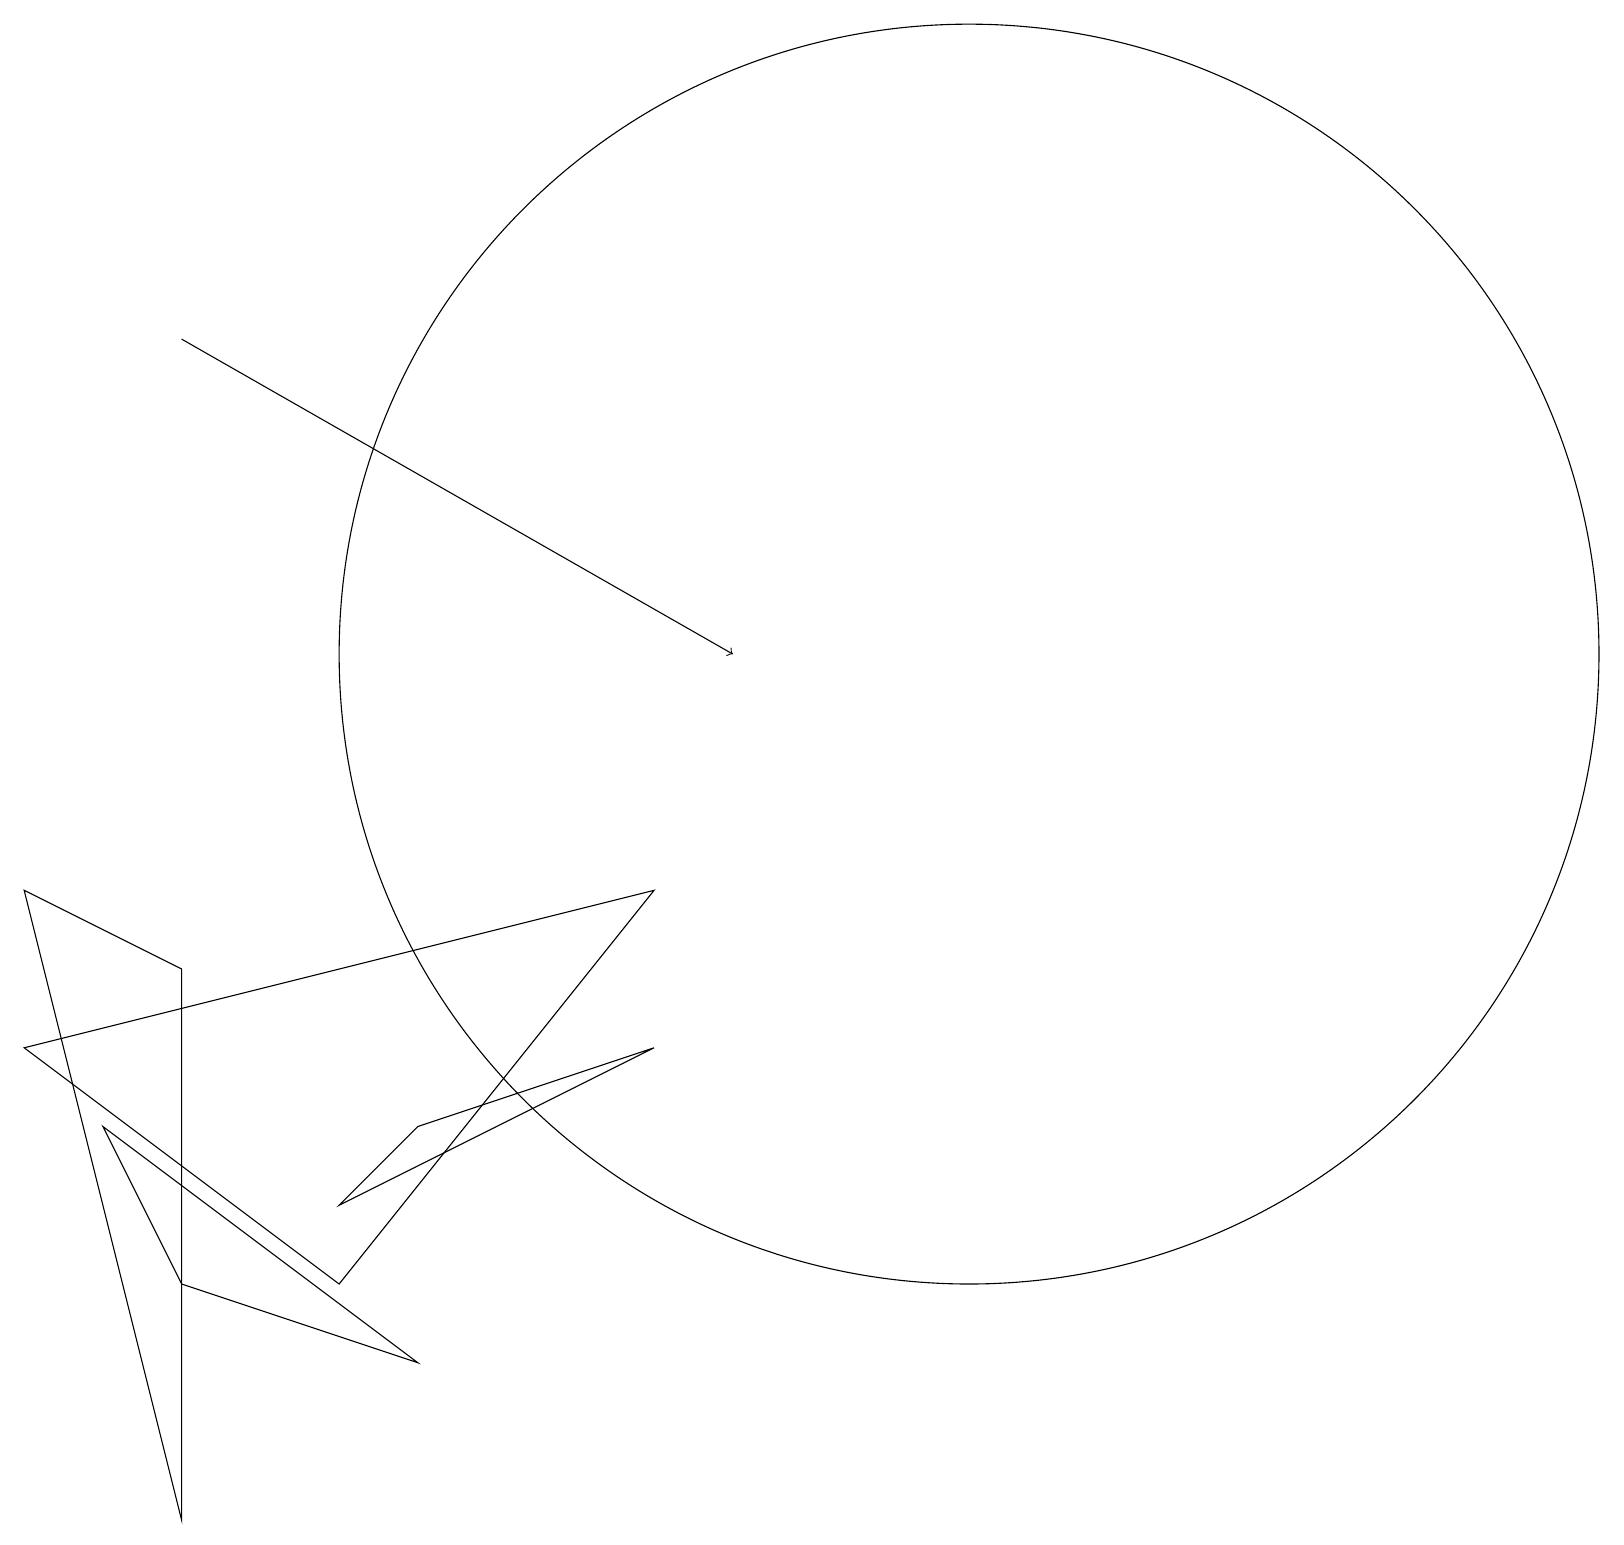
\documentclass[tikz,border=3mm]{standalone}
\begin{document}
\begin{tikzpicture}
\draw (1,5) -- (2,3) -- (5,2) -- cycle;
\draw (8,6) -- (4,4) -- (5,5) -- cycle;
\draw (2,0) -- (2,7) -- (0,8) -- cycle;
\draw (11,10) circle (0);
\draw[->] (2,15) -- (9,11);
\draw (0,6) -- (4,3) -- (8,8) -- cycle;
\draw (11,12) circle (0);
\draw (12,11) circle (8);
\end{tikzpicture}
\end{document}